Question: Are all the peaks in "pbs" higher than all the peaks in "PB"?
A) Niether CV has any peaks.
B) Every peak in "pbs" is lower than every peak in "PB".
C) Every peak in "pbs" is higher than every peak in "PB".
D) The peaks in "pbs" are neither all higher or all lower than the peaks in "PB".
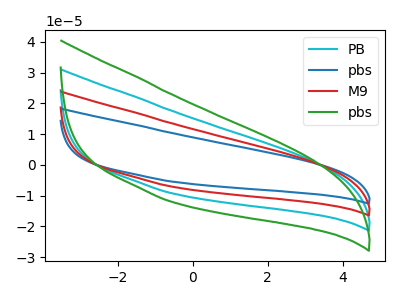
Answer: <think>The cyan curve "PB" has no peaks. The blue curve "pbs" has no peaks. The red curve "M9" has no peaks. The green curve "pbs" has no peaks.</think>
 <answer>A) Niether CV has any peaks.</answer>
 <eval>A</eval>